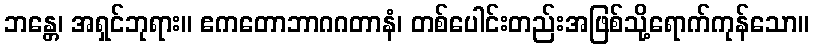
ဘန္တေ၊ အရှင်ဘုရား။ ဧကတောဘာဂဂတာနံ၊ တစ်ပေါင်းတည်းအဖြစ်သို့ရောက်ကုန်သော။